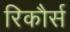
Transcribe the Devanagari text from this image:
रिकौर्स